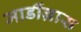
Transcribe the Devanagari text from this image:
मार्डीग्रास